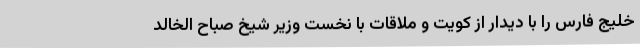
خلیج فارس را با دیدار از کویت و ملاقات با نخست وزیر شیخ صباح الخالد